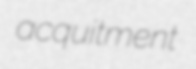
acquitment